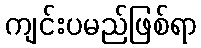
ကျင်းပမည်ဖြစ်ရာ